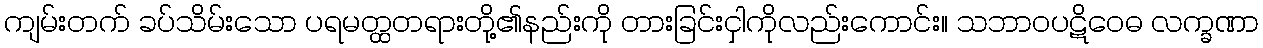
ကျမ်းတက် ခပ်သိမ်းသော ပရမတ္ထတရားတို့၏နည်းကို တားခြင်းငှါကိုလည်းကောင်း။ သဘာဝပဋိဝေဓ လက္ခဏာ